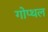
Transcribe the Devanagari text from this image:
गोप्थल